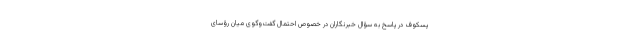
پسکوف در پاسخ به سؤال خبرنگاران در خصوص احتمال گفت‌وگوی میان رؤسای